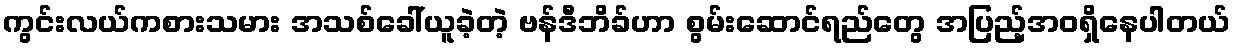
ကွင်းလယ်ကစားသမား အသစ်ခေါ်ယူခဲ့တဲ့ ဗန်ဒီဘိခ်ဟာ စွမ်းဆောင်ရည်တွေ အပြည့်အဝရှိနေပါတယ်